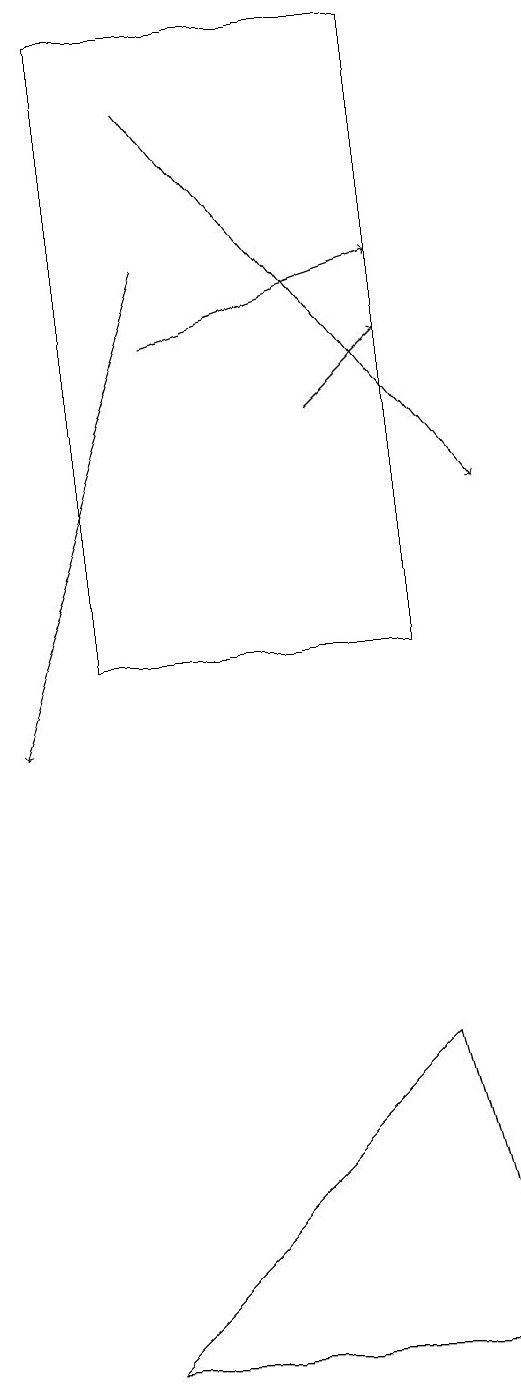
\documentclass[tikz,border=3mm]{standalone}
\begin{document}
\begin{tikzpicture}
\draw[->] (3,16) -- (1,10);
\draw (6,11) rectangle (2,19);
\draw[->] (3,15) -- (6,16);
\draw[->] (5,14) -- (6,15);
\draw (7,2) -- (6,6) -- (2,2) -- cycle;
\draw[->] (3,18) -- (7,13);
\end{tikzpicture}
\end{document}